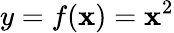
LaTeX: y=f(\mathbf{x})=\mathbf{x}^{2}